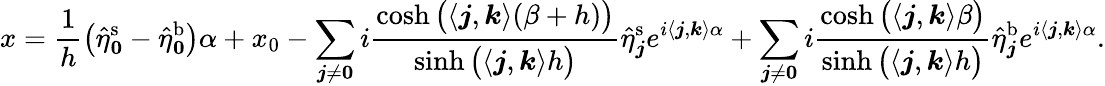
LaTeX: x=\frac{1}{h}\big(\hat{\eta}_{\boldsymbol 0}^{\mathrm{s}}-\hat{\eta}_{\boldsymbol 0}^{\mathrm{b}}\big)\alpha+x_{0}-\sum_{\boldsymbol j\neq\boldsymbol 0}i\frac{\cosh\big(\langle\boldsymbol j,\boldsymbol k\rangle(\beta+h)\big)}{\sinh\big(\langle\boldsymbol j,\boldsymbol k\rangle h\big)}\hat{\eta}_{\boldsymbol j}^{\mathrm{s}}e^{i\langle\boldsymbol j,\boldsymbol k\rangle\alpha}+\sum_{\boldsymbol j\neq\boldsymbol 0}i\frac{\cosh\big(\langle\boldsymbol j,\boldsymbol k\rangle\beta\big)}{\sinh\big(\langle\boldsymbol j,\boldsymbol k\rangle h\big)}\hat{\eta}_{\boldsymbol j}^{\mathrm{b}}e^{i\langle\boldsymbol j,\boldsymbol k\rangle\alpha}.